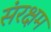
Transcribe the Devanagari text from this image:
संरक्षम